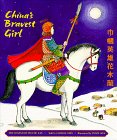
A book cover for China's Bravest Girl: The Legend of Hua Mu Lan; Charlie Chin; Children's Books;